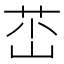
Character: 𡷺